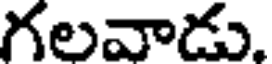
గలవాడు.